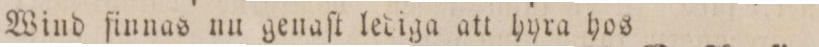
Wind finnas nu genaſt lediga att hyra hos